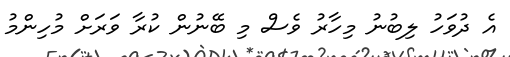
އެ ދުވަހު ލިބުނު މިހާރު ވެސް މި ބޭނުން ކުރާ ވަރަށް މުހިންމު